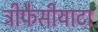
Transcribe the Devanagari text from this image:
ट्रीफैसीयाटा